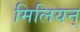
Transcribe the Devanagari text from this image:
मिलियन्